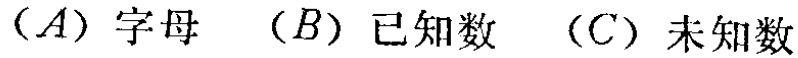
（A）字母 （B）已知数 （C）未知数